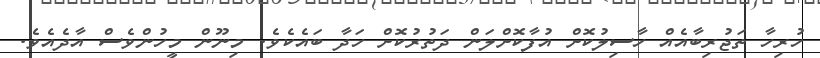
ހުރިހާ ތަޖުރިބާއެއް ހާސިލުކޮށް އުފާކޮށްލަން ދަތުރުކޮށް ހަދާ ބައެކެވެ. މިނޫން މީހުންވެސް އާދެއެވެ.